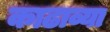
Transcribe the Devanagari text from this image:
काढाव्या